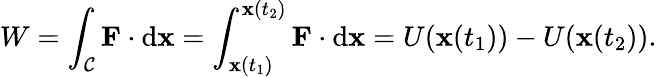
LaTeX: W=\int_{\mathcal{C}}\mathbf{{F}}\cdot\mathrm{{d}}\mathbf{{x}}=\int_{\mathbf{{x}}(t_{1})}^{\mathbf{{x}}(t_{2})}\mathbf{{F}}\cdot\mathrm{{d}}\mathbf{{x}}=U(\mathbf{{x}}(t_{1}))-U(\mathbf{{x}}(t_{2})).